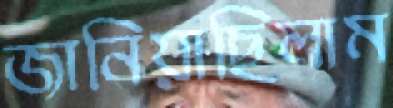
জানিয়াছিলাম